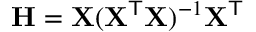
\mathbf { H } = \mathbf { X } ( \mathbf { X } ^ { \mathsf { T } } \mathbf { X } ) ^ { - 1 } \mathbf { X } ^ { \mathsf { T } }